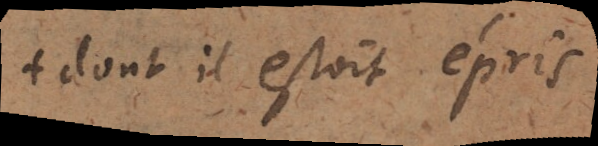
⁜ dont il estoit épris